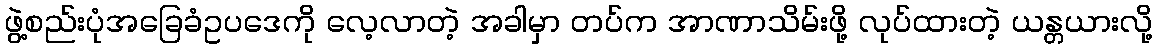
ဖွဲ့စည်းပုံအခြေခံဥပဒေကို လေ့လာတဲ့ အခါမှာ တပ်က အာဏာသိမ်းဖို့ လုပ်ထားတဲ့ ယန္တယားလို့